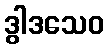
ဒွါဒသေဝ